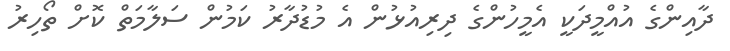
ދާއިންގެ އުއްމީދަކީ އެމީހުންގެ ދިރިއުޅުން އެ މުޑުދާރު ކަމުން ސަލާމަތް ކޮށް ތޯހިރު